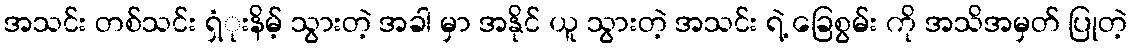
အသင်း တစ်သင်း ရှံုးနိမ့် သွားတဲ့ အခါ မှာ အနိုင် ယူ သွားတဲ့ အသင်း ရဲ့ ခြေစွမ်း ကို အသိအမှတ် ပြုတဲ့